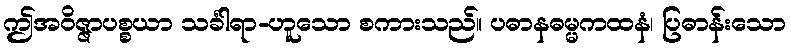
ဤအဝိဇ္ဇာပစ္စယာ သင်္ခါရာ-ဟူသော စကားသည်။ ပဓာနဓမ္မကထနံ၊ ပြဓာန်းသော